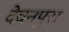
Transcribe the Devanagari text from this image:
देवनपुरा